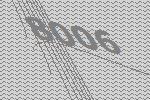
8006